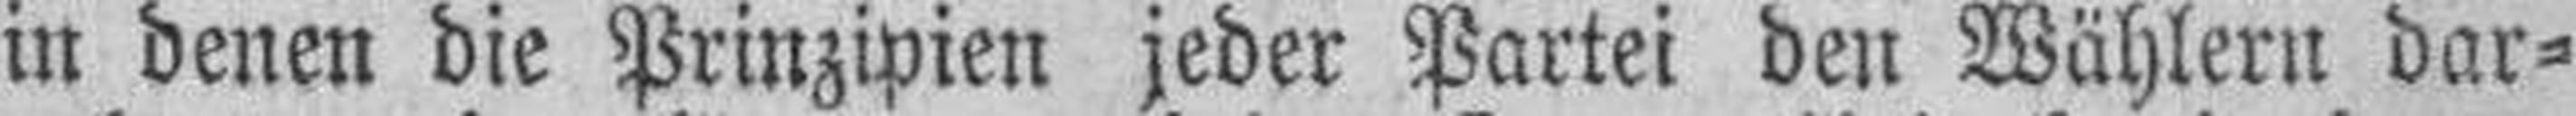
in denen die Prinzipien jeder Partei den Wählern dar¬